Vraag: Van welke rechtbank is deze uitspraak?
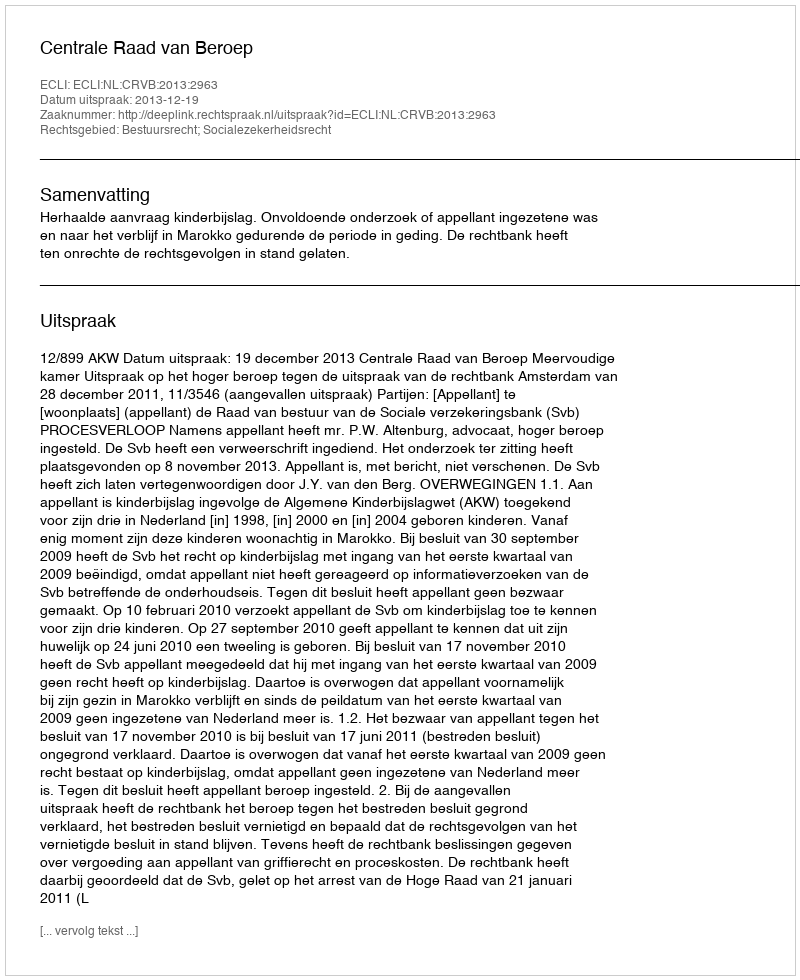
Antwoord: Centrale Raad van Beroep